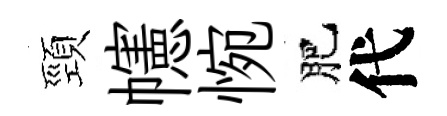
頸幰惋肥代